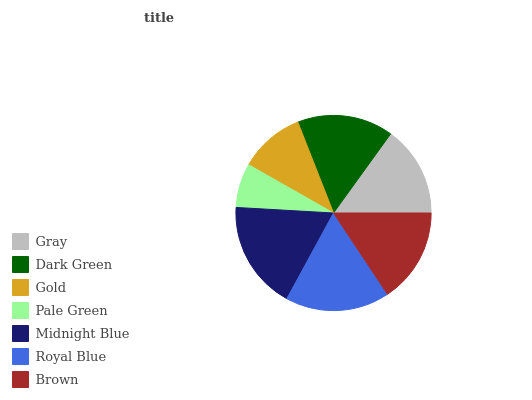
| Gray | Dark Green | Gold | Pale Green | Midnight Blue | Royal Blue | Brown |
 | --- | --- | --- | --- | --- | --- | --- |
 | 15.1% | 15.9% | 10.8% | 7.32% | 18% | 17.2% | 15.7% |